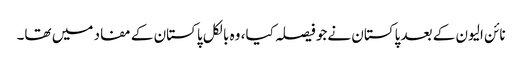
نائن الیون کے بعد پاکستان نےجو فیصلہ کیا، وہ بالکل پاکستان کے مفاد میں تھا۔